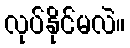
လုပ်နိုင်မလဲ။